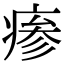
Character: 瘆